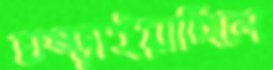
ঘষ্‌ড়াইয়াছিলে